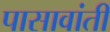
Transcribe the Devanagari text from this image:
पासावांती